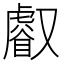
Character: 𠮏